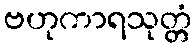
ဗဟုကာရသုတ္တံ